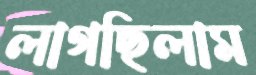
লাগছিলাম